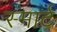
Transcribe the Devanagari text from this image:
स्‍मार्ट